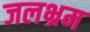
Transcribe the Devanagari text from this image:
जलभ्रम